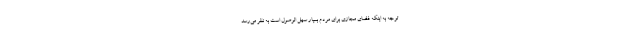
توجه به اینکه فضای مجازی برای مردم بسیار سهل الوصول است به نظر می‌رسد